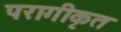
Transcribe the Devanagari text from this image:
परागीकृत